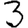
Digit: 3